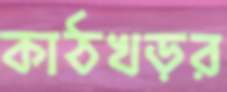
কাঠখড়র